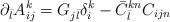
LaTeX: \begin{align*}\partial_{\bar l} A_{ij}^k = G_{j {\bar l}} \delta_{i}^k -{\bar C}_{\bar l}^{kn} C_{ijn}\end{align*}